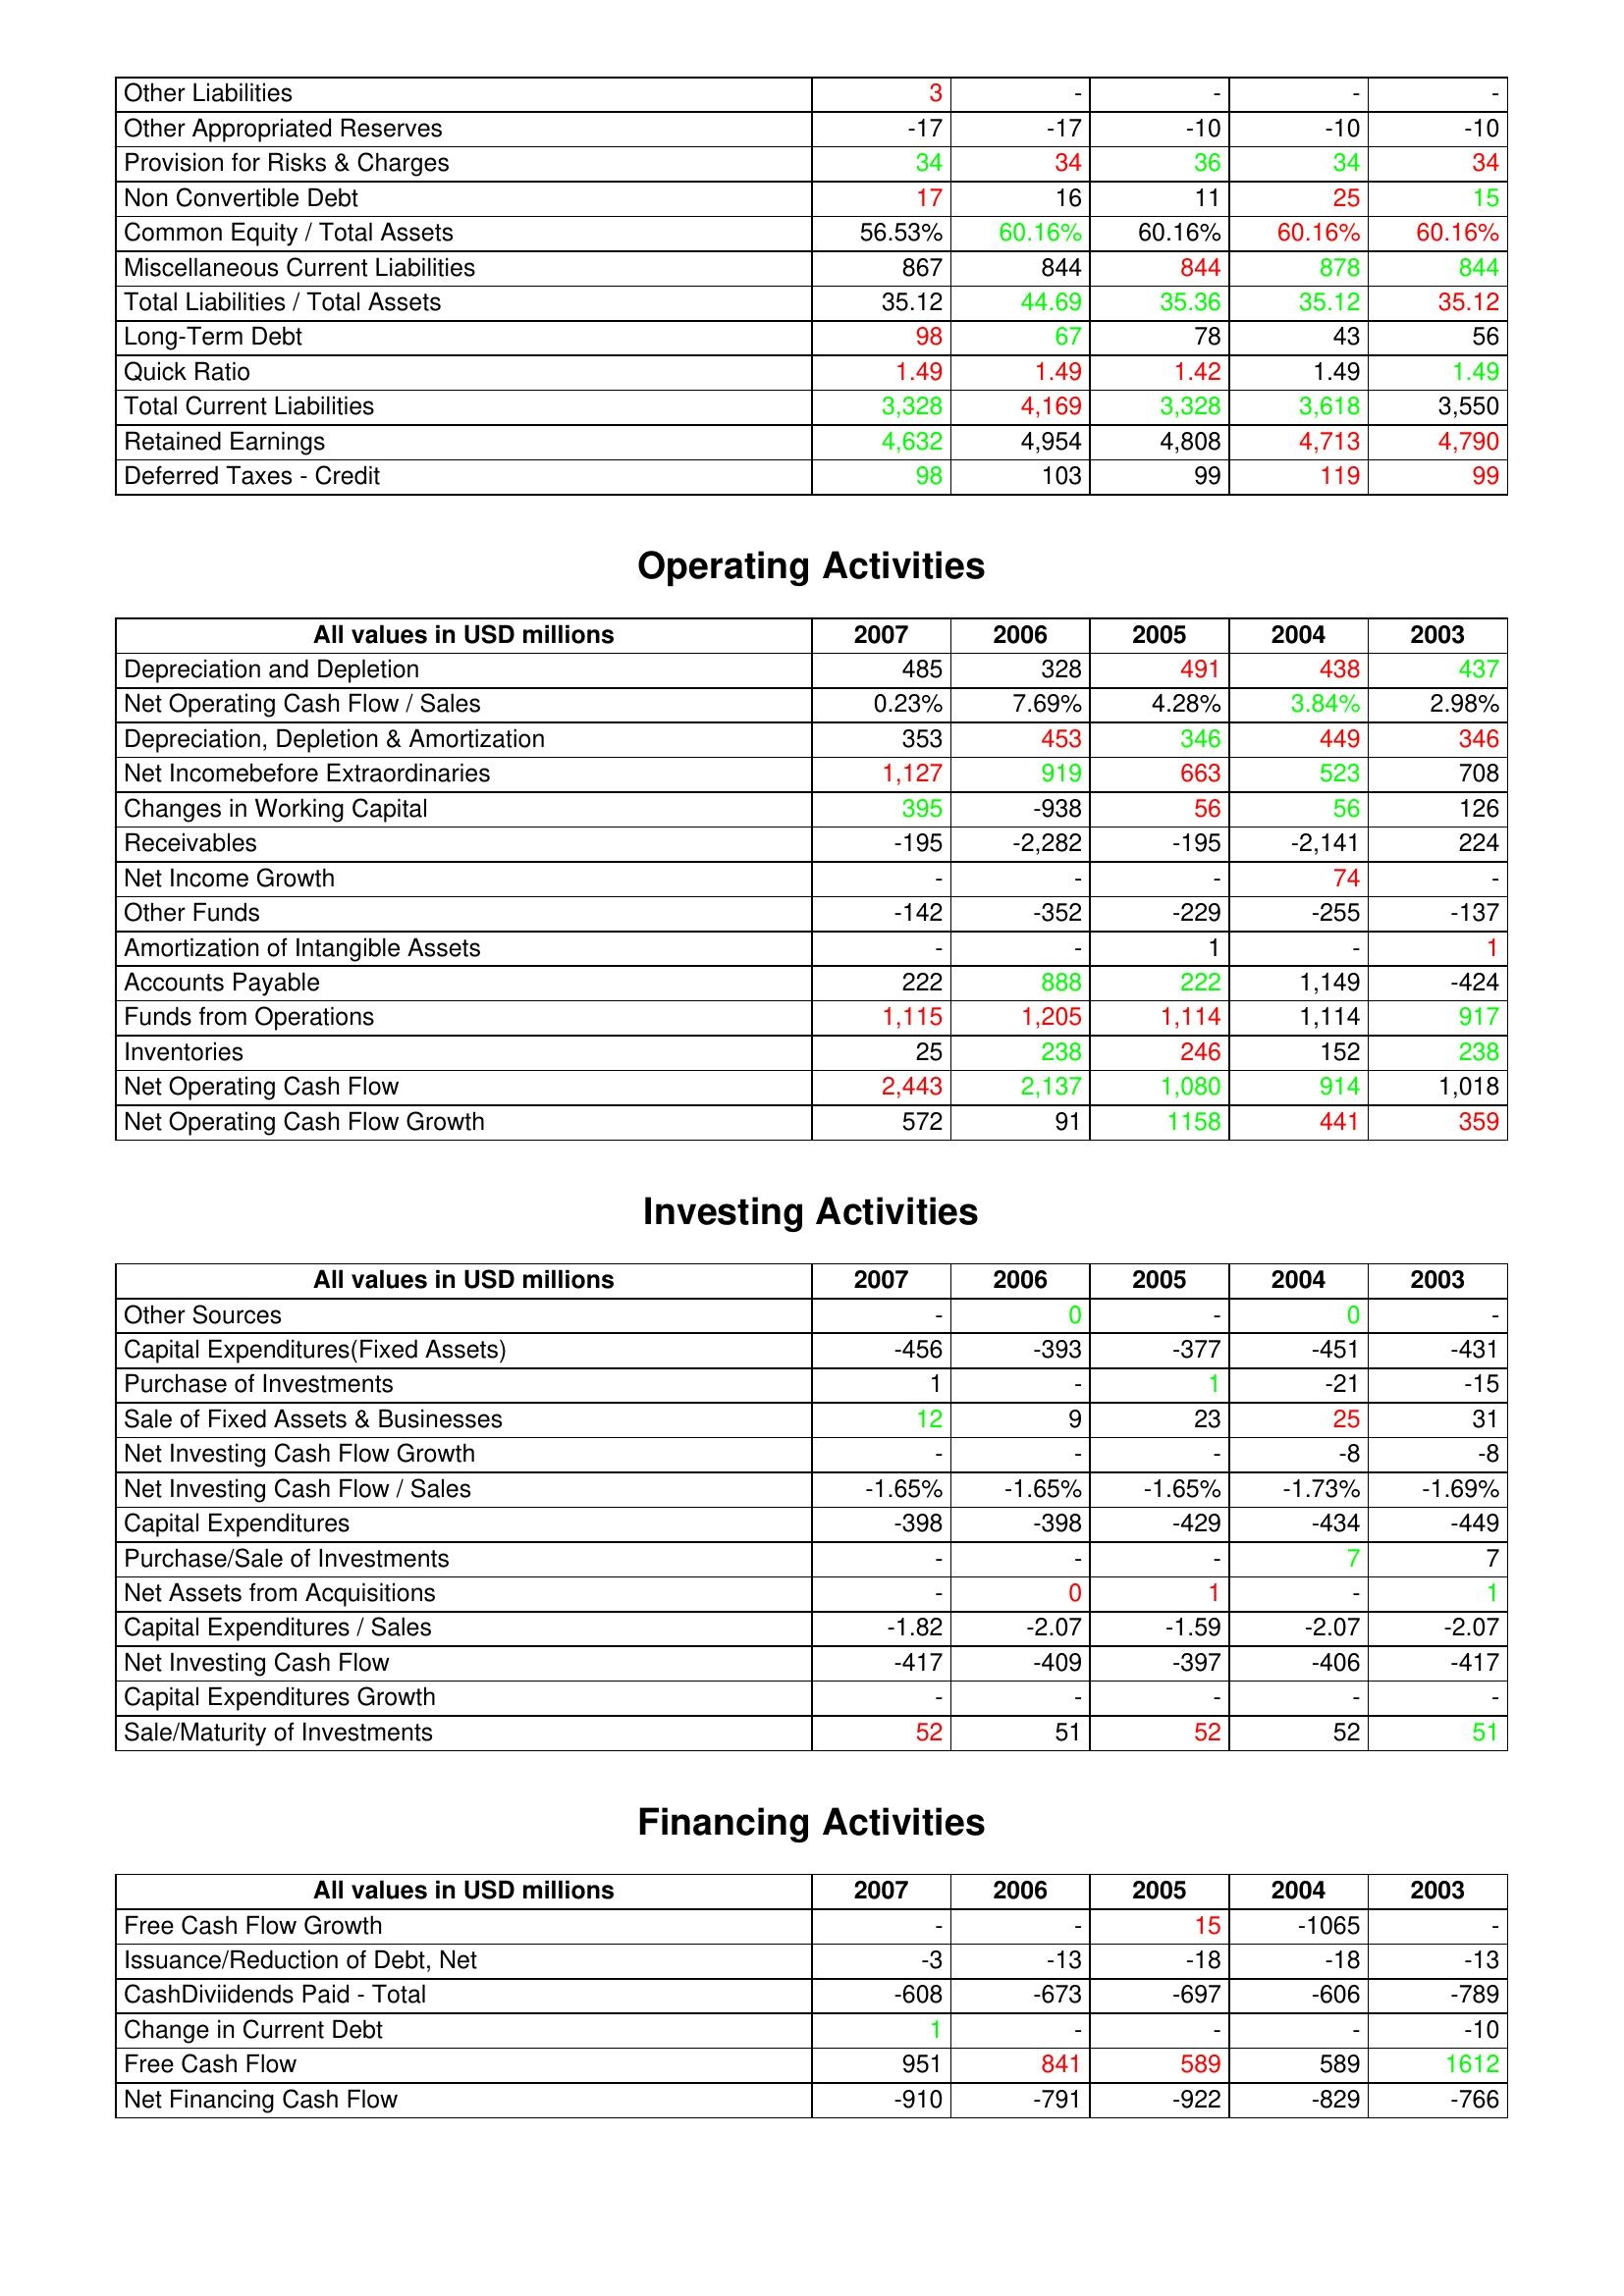
gt_parse: 2007: Liabilities & Shareholder's Equity: Other Liabilities: 3
Other Appropriated Reserves: -17
Provision for Risks & Charges: 34
Non Convertible Debt: 17
Common Equity / Total Assets: 56.53%
Miscellaneous Current Liabilities: 867
Total Liabilities / Total Assets: 35.12
Long-Term Debt: 98
Quick Ratio: 1.49
Total Current Liabilities: 3,328
Retained Earnings: 4,632
Deferred Taxes - Credit: 98
Operating Activities: Depreciation and Depletion: 485
Net Operating Cash Flow / Sales: 0.23%
Depreciation, Depletion & Amortization: 353
Net Incomebefore Extraordinaries: 1,127
Changes in Working Capital: 395
Receivables: -195
Net Income Growth: -
Other Funds: -142
Amortization of Intangible Assets: -
Accounts Payable: 222
Funds from Operations: 1,115
Inventories: 25
Net Operating Cash Flow: 2,443
Net Operating Cash Flow Growth: 572
Investing Activities: Other Sources: -
Capital Expenditures(Fixed Assets): -456
Purchase of Investments: 1
Sale of Fixed Assets & Businesses: 12
Net Investing Cash Flow Growth: -
Net Investing Cash Flow / Sales: -1.65%
Capital Expenditures: -398
Purchase/Sale of Investments: -
Net Assets from Acquisitions: -
Capital Expenditures / Sales: -1.82
Net Investing Cash Flow: -417
Capital Expenditures Growth: -
Sale/Maturity of Investments: 52
Financing Activities: Free Cash Flow Growth: -
Issuance/Reduction of Debt, Net: -3
CashDiviidends Paid - Total: -608
Change in Current Debt: 1
Free Cash Flow: 951
Net Financing Cash Flow: -910
2006: Liabilities & Shareholder's Equity: Other Liabilities: -
Other Appropriated Reserves: -17
Provision for Risks & Charges: 34
Non Convertible Debt: 16
Common Equity / Total Assets: 60.16%
Miscellaneous Current Liabilities: 844
Total Liabilities / Total Assets: 44.69
Long-Term Debt: 67
Quick Ratio: 1.49
Total Current Liabilities: 4,169
Retained Earnings: 4,954
Deferred Taxes - Credit: 103
Operating Activities: Depreciation and Depletion: 328
Net Operating Cash Flow / Sales: 7.69%
Depreciation, Depletion & Amortization: 453
Net Incomebefore Extraordinaries: 919
Changes in Working Capital: -938
Receivables: -2,282
Net Income Growth: -
Other Funds: -352
Amortization of Intangible Assets: -
Accounts Payable: 888
Funds from Operations: 1,205
Inventories: 238
Net Operating Cash Flow: 2,137
Net Operating Cash Flow Growth: 91
Investing Activities: Other Sources: 0
Capital Expenditures(Fixed Assets): -393
Purchase of Investments: -
Sale of Fixed Assets & Businesses: 9
Net Investing Cash Flow Growth: -
Net Investing Cash Flow / Sales: -1.65%
Capital Expenditures: -398
Purchase/Sale of Investments: -
Net Assets from Acquisitions: 0
Capital Expenditures / Sales: -2.07
Net Investing Cash Flow: -409
Capital Expenditures Growth: -
Sale/Maturity of Investments: 51
Financing Activities: Free Cash Flow Growth: -
Issuance/Reduction of Debt, Net: -13
CashDiviidends Paid - Total: -673
Change in Current Debt: -
Free Cash Flow: 841
Net Financing Cash Flow: -791
2005: Liabilities & Shareholder's Equity: Other Liabilities: -
Other Appropriated Reserves: -10
Provision for Risks & Charges: 36
Non Convertible Debt: 11
Common Equity / Total Assets: 60.16%
Miscellaneous Current Liabilities: 844
Total Liabilities / Total Assets: 35.36
Long-Term Debt: 78
Quick Ratio: 1.42
Total Current Liabilities: 3,328
Retained Earnings: 4,808
Deferred Taxes - Credit: 99
Operating Activities: Depreciation and Depletion: 491
Net Operating Cash Flow / Sales: 4.28%
Depreciation, Depletion & Amortization: 346
Net Incomebefore Extraordinaries: 663
Changes in Working Capital: 56
Receivables: -195
Net Income Growth: -
Other Funds: -229
Amortization of Intangible Assets: 1
Accounts Payable: 222
Funds from Operations: 1,114
Inventories: 246
Net Operating Cash Flow: 1,080
Net Operating Cash Flow Growth: 1158
Investing Activities: Other Sources: -
Capital Expenditures(Fixed Assets): -377
Purchase of Investments: 1
Sale of Fixed Assets & Businesses: 23
Net Investing Cash Flow Growth: -
Net Investing Cash Flow / Sales: -1.65%
Capital Expenditures: -429
Purchase/Sale of Investments: -
Net Assets from Acquisitions: 1
Capital Expenditures / Sales: -1.59
Net Investing Cash Flow: -397
Capital Expenditures Growth: -
Sale/Maturity of Investments: 52
Financing Activities: Free Cash Flow Growth: 15
Issuance/Reduction of Debt, Net: -18
CashDiviidends Paid - Total: -697
Change in Current Debt: -
Free Cash Flow: 589
Net Financing Cash Flow: -922
2004: Liabilities & Shareholder's Equity: Other Liabilities: -
Other Appropriated Reserves: -10
Provision for Risks & Charges: 34
Non Convertible Debt: 25
Common Equity / Total Assets: 60.16%
Miscellaneous Current Liabilities: 878
Total Liabilities / Total Assets: 35.12
Long-Term Debt: 43
Quick Ratio: 1.49
Total Current Liabilities: 3,618
Retained Earnings: 4,713
Deferred Taxes - Credit: 119
Operating Activities: Depreciation and Depletion: 438
Net Operating Cash Flow / Sales: 3.84%
Depreciation, Depletion & Amortization: 449
Net Incomebefore Extraordinaries: 523
Changes in Working Capital: 56
Receivables: -2,141
Net Income Growth: 74
Other Funds: -255
Amortization of Intangible Assets: -
Accounts Payable: 1,149
Funds from Operations: 1,114
Inventories: 152
Net Operating Cash Flow: 914
Net Operating Cash Flow Growth: 441
Investing Activities: Other Sources: 0
Capital Expenditures(Fixed Assets): -451
Purchase of Investments: -21
Sale of Fixed Assets & Businesses: 25
Net Investing Cash Flow Growth: -8
Net Investing Cash Flow / Sales: -1.73%
Capital Expenditures: -434
Purchase/Sale of Investments: 7
Net Assets from Acquisitions: -
Capital Expenditures / Sales: -2.07
Net Investing Cash Flow: -406
Capital Expenditures Growth: -
Sale/Maturity of Investments: 52
Financing Activities: Free Cash Flow Growth: -1065
Issuance/Reduction of Debt, Net: -18
CashDiviidends Paid - Total: -606
Change in Current Debt: -
Free Cash Flow: 589
Net Financing Cash Flow: -829
2003: Liabilities & Shareholder's Equity: Other Liabilities: -
Other Appropriated Reserves: -10
Provision for Risks & Charges: 34
Non Convertible Debt: 15
Common Equity / Total Assets: 60.16%
Miscellaneous Current Liabilities: 844
Total Liabilities / Total Assets: 35.12
Long-Term Debt: 56
Quick Ratio: 1.49
Total Current Liabilities: 3,550
Retained Earnings: 4,790
Deferred Taxes - Credit: 99
Operating Activities: Depreciation and Depletion: 437
Net Operating Cash Flow / Sales: 2.98%
Depreciation, Depletion & Amortization: 346
Net Incomebefore Extraordinaries: 708
Changes in Working Capital: 126
Receivables: 224
Net Income Growth: -
Other Funds: -137
Amortization of Intangible Assets: 1
Accounts Payable: -424
Funds from Operations: 917
Inventories: 238
Net Operating Cash Flow: 1,018
Net Operating Cash Flow Growth: 359
Investing Activities: Other Sources: -
Capital Expenditures(Fixed Assets): -431
Purchase of Investments: -15
Sale of Fixed Assets & Businesses: 31
Net Investing Cash Flow Growth: -8
Net Investing Cash Flow / Sales: -1.69%
Capital Expenditures: -449
Purchase/Sale of Investments: 7
Net Assets from Acquisitions: 1
Capital Expenditures / Sales: -2.07
Net Investing Cash Flow: -417
Capital Expenditures Growth: -
Sale/Maturity of Investments: 51
Financing Activities: Free Cash Flow Growth: -
Issuance/Reduction of Debt, Net: -13
CashDiviidends Paid - Total: -789
Change in Current Debt: -10
Free Cash Flow: 1612
Net Financing Cash Flow: -766